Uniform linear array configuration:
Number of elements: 48
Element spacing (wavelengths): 0.75
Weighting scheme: exponential
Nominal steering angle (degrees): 0
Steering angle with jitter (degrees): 1.135
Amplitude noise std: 0.05
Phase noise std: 0.05

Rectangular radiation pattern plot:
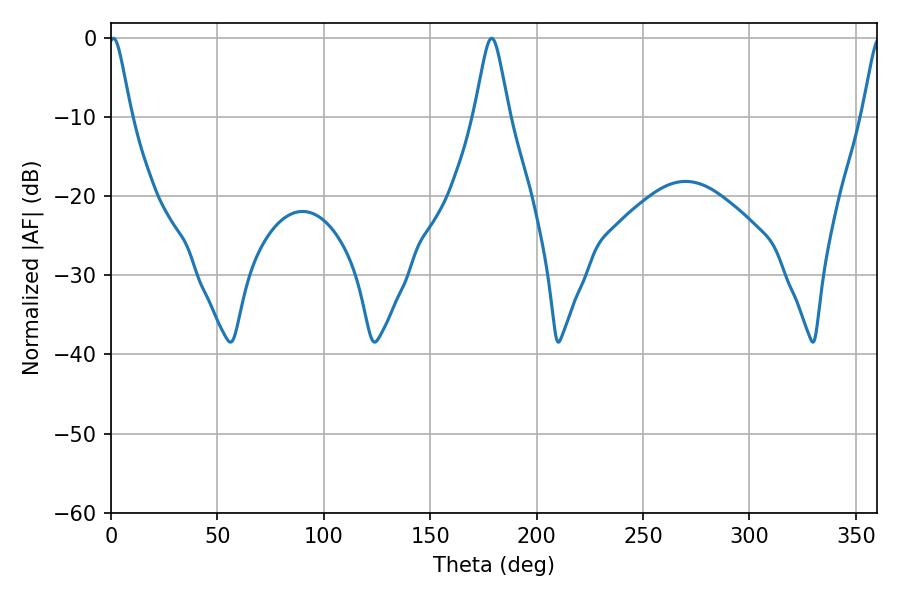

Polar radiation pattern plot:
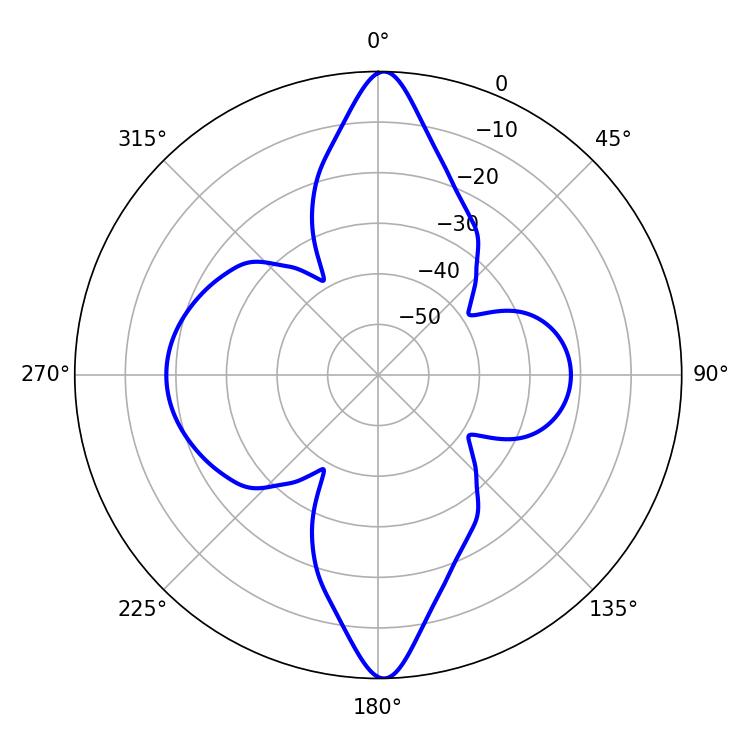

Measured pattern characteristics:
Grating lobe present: TRUE
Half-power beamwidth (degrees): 5.04
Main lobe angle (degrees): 1.08